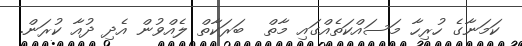
ކަމަނާގެ ހުރިހާ މަސައްކަތެއްގައި މާތް  ބަރަކާތް ލެއްވުން އެދި ދުއާ ކުރަން.